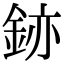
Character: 𫒚